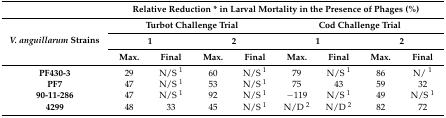
<table><thead><tr><td></td><td colspan="8"><b>Relative Reduction * in Larval Mortality in the Presence of Phages (%)</b></td></tr><tr><td rowspan="3"><b><i>V. anguillarum</i> Strains</b></td><td colspan="4"><b>Turbot Challenge Trial</b></td><td colspan="4"><b>Cod Challenge Trial</b></td></tr><tr><td colspan="2"><b>1</b></td><td colspan="2"><b>2</b></td><td colspan="2"><b>1</b></td><td colspan="2"><b>2</b></td></tr><tr><td><b>Max.</b></td><td><b>Final</b></td><td><b>Max.</b></td><td><b>Final</b></td><td><b>Max.</b></td><td><b>Final</b></td><td><b>Max.</b></td><td><b>Final</b></td></tr></thead><tbody><tr><td><b>PF430-3</b></td><td>29</td><td>N/S <sup>1</sup></td><td>60</td><td>N/S <sup>1</sup></td><td>79</td><td>N/S <sup>1</sup></td><td>86</td><td>N/ <sup>1</sup></td></tr><tr><td><b>PF7</b></td><td>47</td><td>N/S <sup>1</sup></td><td>53</td><td>N/S <sup>1</sup></td><td>75</td><td>43</td><td>59</td><td>32</td></tr><tr><td><b>90-11-286</b></td><td>47</td><td>N/S <sup>1</sup></td><td>92</td><td>N/S <sup>1</sup></td><td>−119</td><td>N/S <sup>1</sup></td><td>49</td><td>N/S <sup>1</sup></td></tr><tr><td><b>4299</b></td><td>48</td><td>33</td><td>45</td><td>N/S <sup>1</sup></td><td>N/D <sup>2</sup></td><td>N/D <sup>2</sup></td><td>82</td><td>72</td></tr></tbody></table>